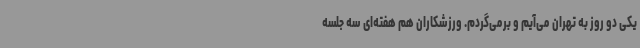
یکی دو روز به تهران می‌آیم و برمی‌گردم. ورزشکاران هم هفته‌ای سه جلسه